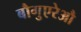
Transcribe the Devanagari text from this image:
बौगुएरेऔ